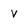
Character: V